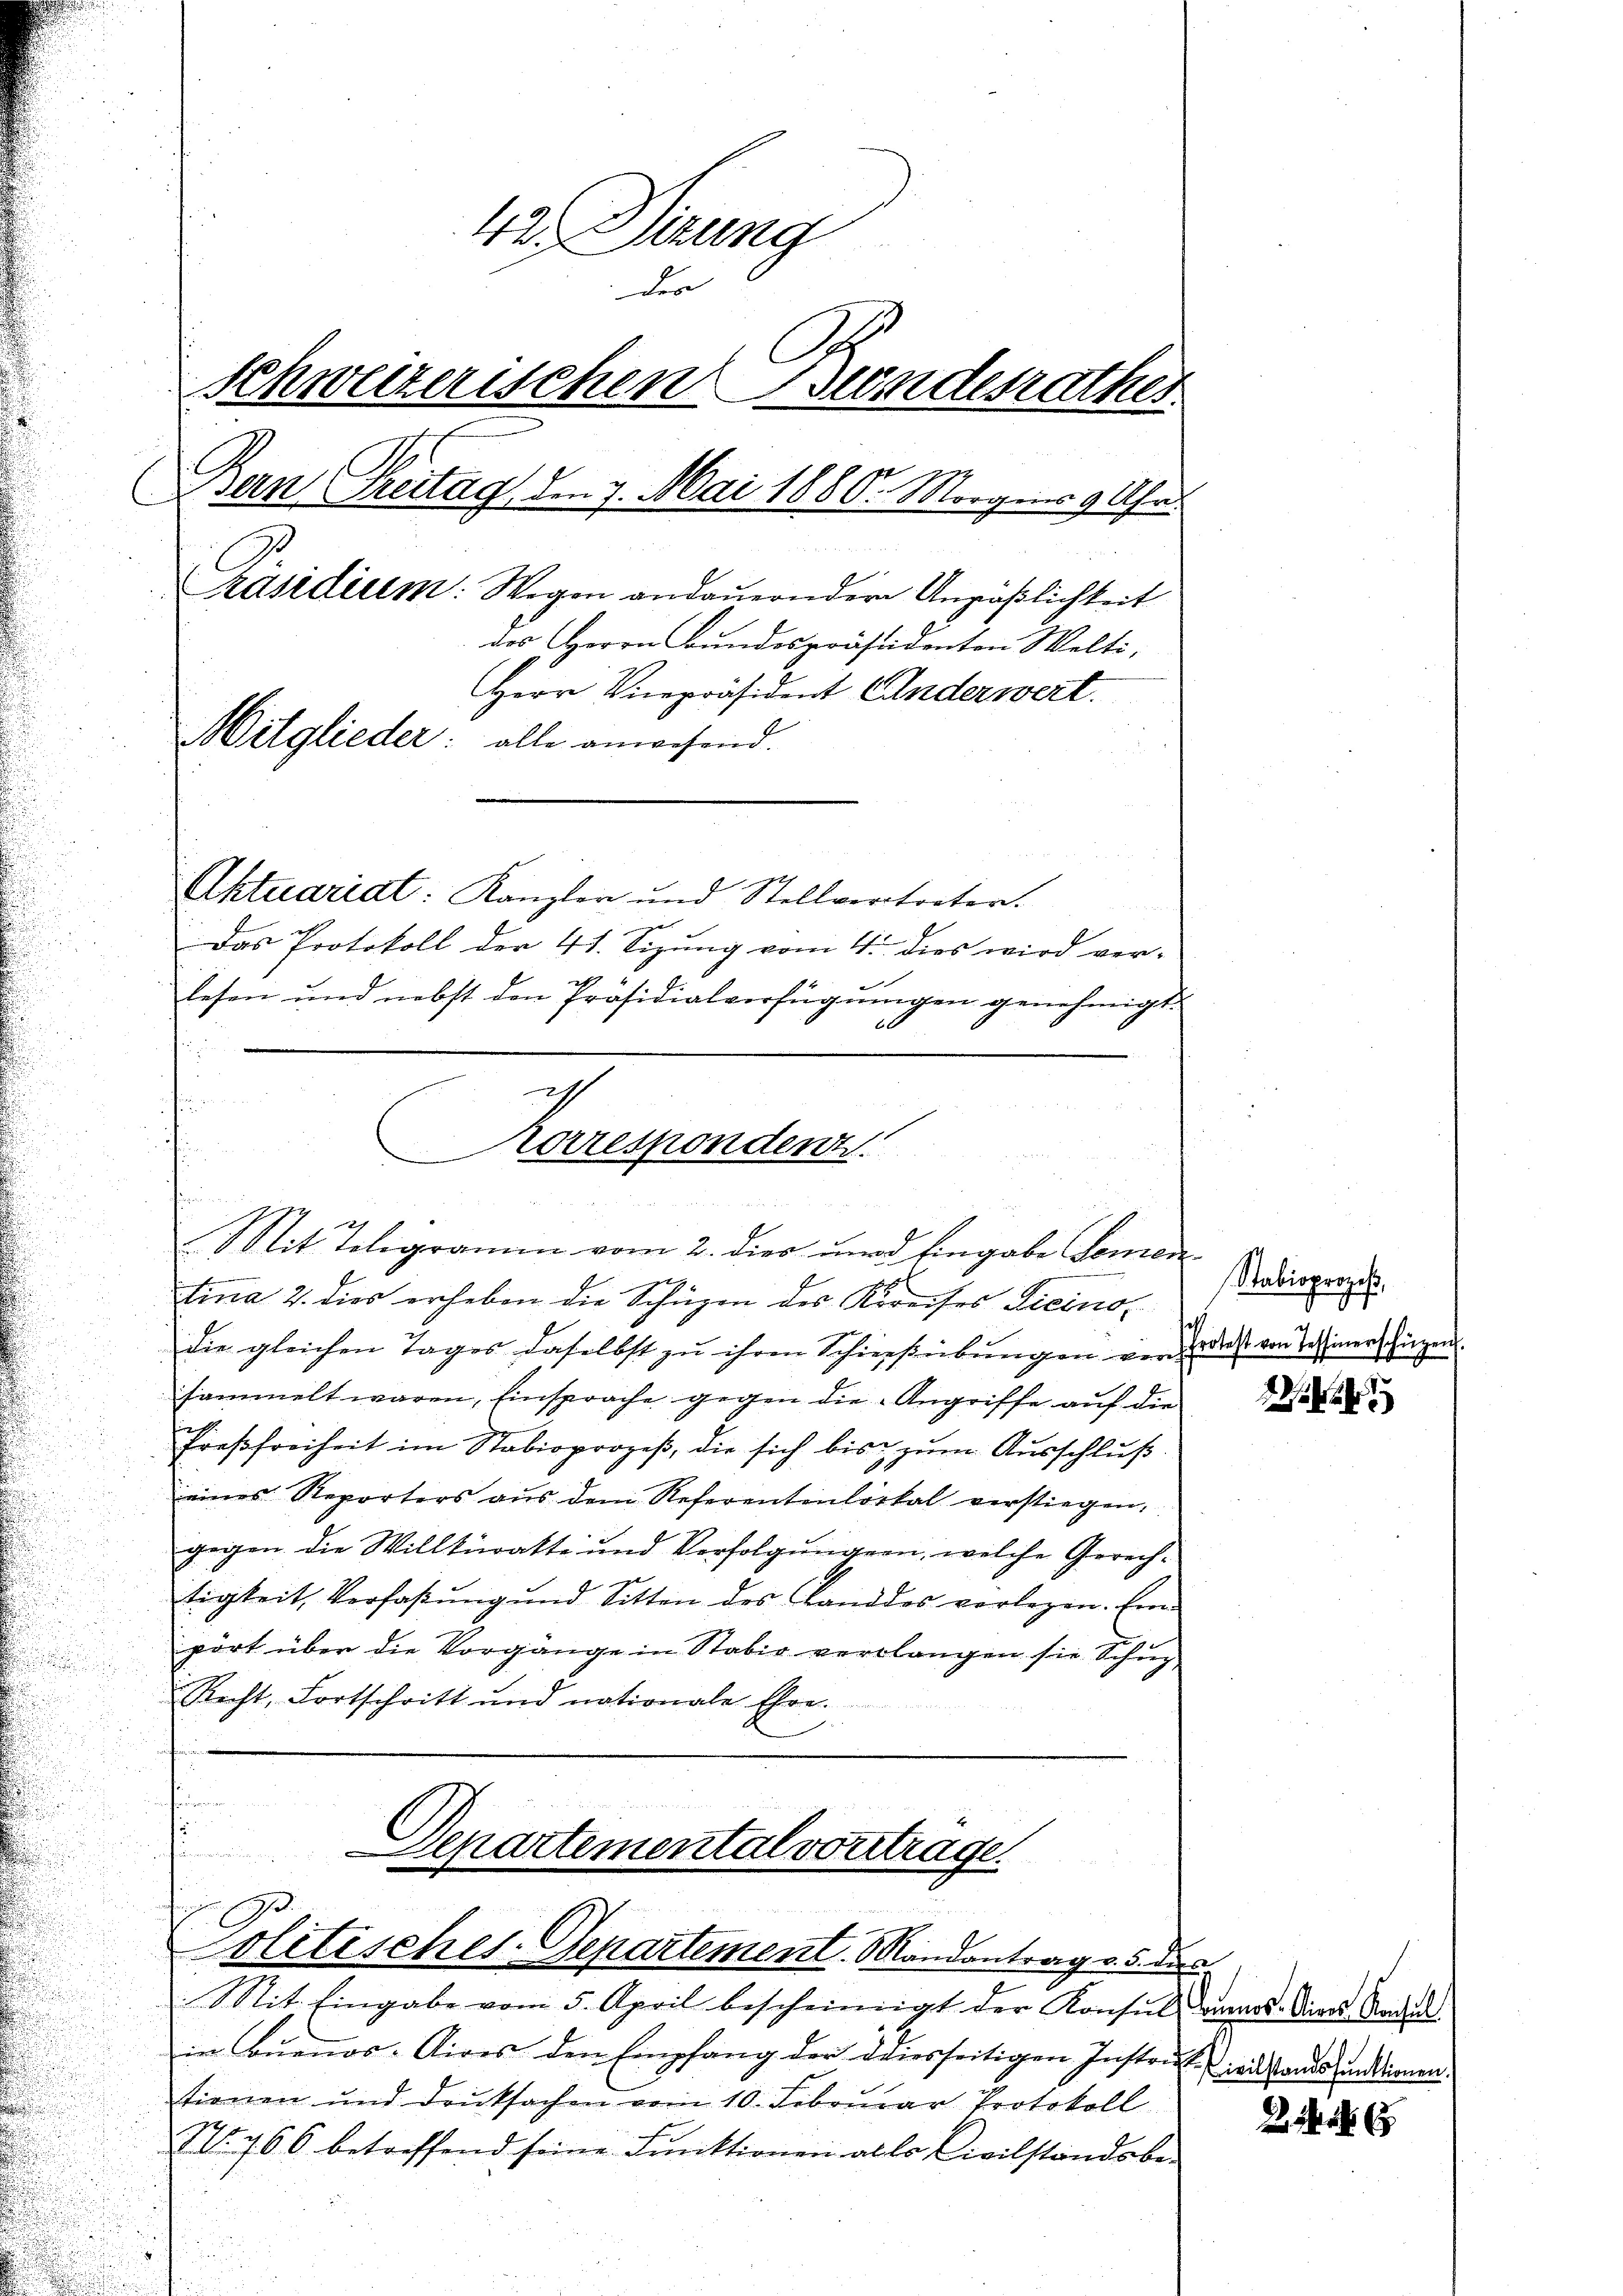
.

Aktuariat: Kanzler und Stellvertreter.
.
Das Protokoll der 41. Sizung vom 4. dies wird ver-
lesen und nebst den Präsidialverfügungen genehmigt.
0
t
tina 2. dies erheben die Schüzen des Kreises Licino
die gleichen Tages daselbst zŭ ihren Schiesinbŭngen von Erdest von Tessinerschützen.
sammelt waren, Einsprache gegen die Angriffe auf die
Freßfreiheit im Stabioprozeß, die sich bis zum Ausschluß
eines Reporters aus dem Referentenlokal verstiegen,
gegen die Willkürakte und Verfolgungen, welche Gerechtigkeit, Verfaßung und Sitten des Land des vorlegen. Einpört über die Vorgänge in Staber verlangen sie Schup
Recht, Fortschritt und nationale Ehre
hören

hänningen
Departemental vortrage.
i
Politisches-Departement. Mandantrag v. 5. dies
Mit Eingabe vom 5. April bescheinigt der Konsul
in Buenos-Aires den Empfang der diesseitigen Instruck wie stands unktionen.
tionen und Druksachen vom 10. Februar Protokoll
NNo. 766 betreffend seine Funktionen alls Civilstandsbe-

42. Sirung
des
Schweizerischen Bundesrathes
Bern Preitag deng. Mai 1860. Morgens 9 Uhr.
Präsidium. Wegen andauerndere Unpäßlichkeit
des Herrn Bundespräsidenten Welti,
Herr Vicepräsident Anderwert.
Mitglieder: alle anwesend.

a
torrespondent:
Mit Tolegramm vom 2. dies und Eingabe Domen

Stabioprozeß,

Louenos Aires Konsul

2 Fr.